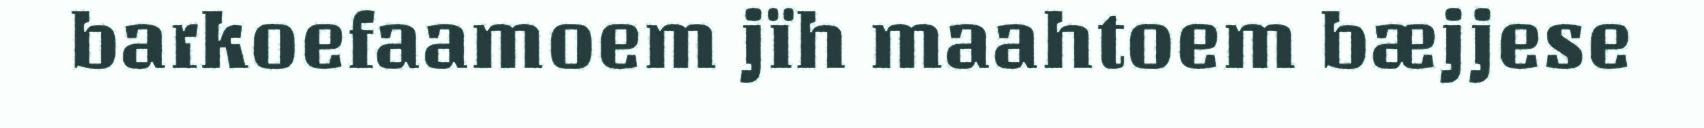
barkoefaamoem jïh maahtoem bæjjese